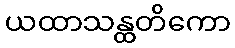
ယထာသန္ထတိကော